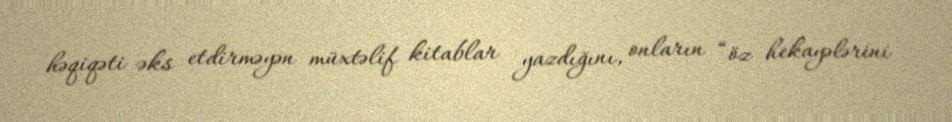
həqiqəti əks etdirməyən müxtəlif kitablar yazdığını, onların “öz hekayələrini